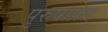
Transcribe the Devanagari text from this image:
पुरुषाप्रत